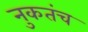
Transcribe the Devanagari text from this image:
नुकतंच